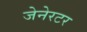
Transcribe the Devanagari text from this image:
जेनेरटर